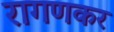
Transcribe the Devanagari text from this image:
रागणकर